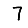
Digit: 7